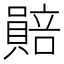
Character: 𧷯